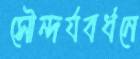
সৌন্দর্যবর্ধনে